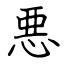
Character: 悪